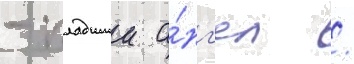
- падшии а́нг'ел /